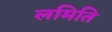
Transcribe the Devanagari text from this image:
लमिति